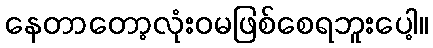
နေတာတော့လုံးဝမဖြစ်စေရဘူးပေါ့။